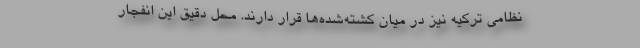
نظامی ترکیه نیز در میان کشته‌شده‌ها قرار دارند. محل دقیق این انفجار